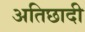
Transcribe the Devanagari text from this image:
अतिछादी